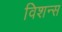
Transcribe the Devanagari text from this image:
विशन्स